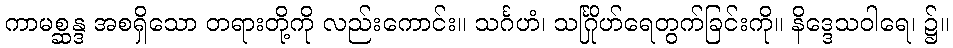
ကာမစ္ဆန္ဒ အစရှိသော တရားတို့ကို လည်းကောင်း။ သင်္ဂဟံ၊ သင်္ဂြိုဟ်ရေတွက်ခြင်းကို။ နိဒ္ဒေသဝါရေ၊ ၌။